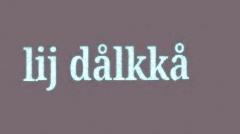
lij dålkkå